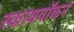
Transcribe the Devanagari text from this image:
स्कायवॉकर